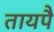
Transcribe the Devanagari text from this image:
तायपै